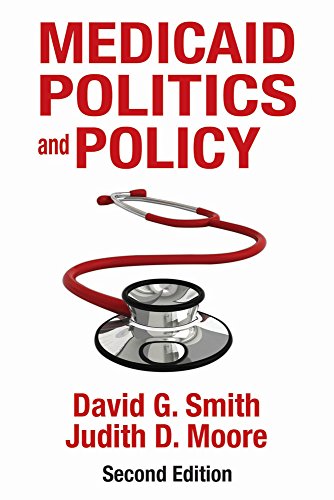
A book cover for Medicaid Politics and Policy: Second Edition; David G. Smith; Medical Books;